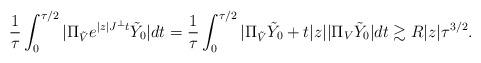
LaTeX: \begin{align*} \frac{1}{\tau}\int_0^{\tau/2}|\Pi_{\tilde{V}} e^{|z| J^\perp t}\tilde{Y}_0|dt = \frac{1}{\tau}\int_0^{\tau/2} |\Pi_{\tilde{V}} \tilde{Y}_0 + t|z| |\Pi_V \tilde{Y}_0| dt \gtrsim R |z|\tau^{3/2}.\end{align*}